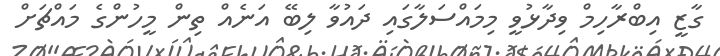
ގާޒީ އިބްރާހިމް ވިދާޅުވީ މިމައްސަލާގައި ދައުވާ ލިބޭ އަނެއް ތިން މީހުންގެ މައްޗަށް